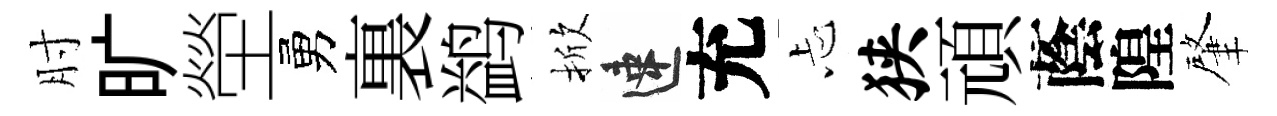
肘旷塋勇裏鹢掀速充忐狭頑蔭隍肇